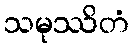
သမုဿိတံ